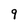
Character: 9